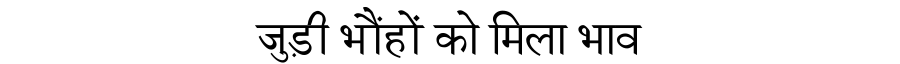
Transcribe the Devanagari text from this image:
जुड़ी भौंहों को मिला भाव